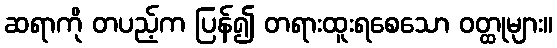
ဆရာကို တပည့်က ပြန်၍ တရားထူးရစေသော ဝတ္ထုများ။